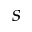
s